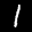
Label: 1